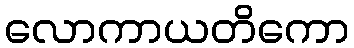
လောကာယတိကော